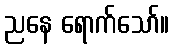
ညနေ ရောက်သော်။